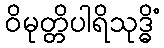
ဝိမုတ္တိပါရိသုဒ္ဓိံ